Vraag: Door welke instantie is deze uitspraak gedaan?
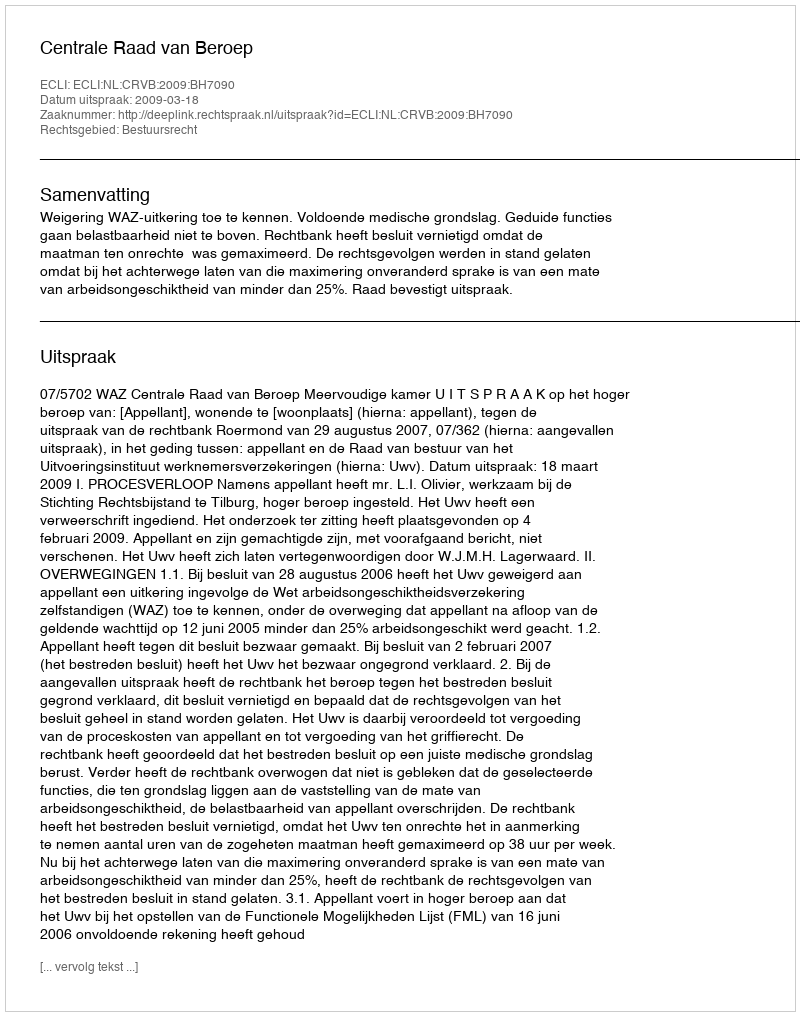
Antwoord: Centrale Raad van Beroep